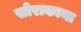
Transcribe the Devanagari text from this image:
सोराकाया